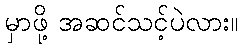
မှာဖို့ အဆင်သင့်ပဲလား။